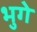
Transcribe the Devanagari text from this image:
भुगे